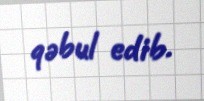
qəbul edib.